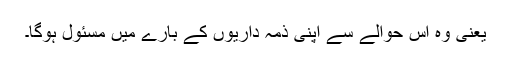
یعنی وہ اس حوالے سے اپنی ذمہ داریوں کے بارے میں مسئول ہوگا۔